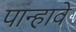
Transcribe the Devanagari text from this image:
पान्हावे